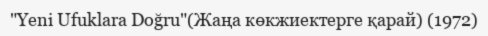
"Yeni Ufuklara Doğru"(Жаңа көкжиектерге қарай) (1972)